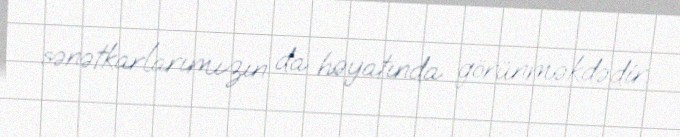
sənətkarlarımızın da həyatında görünməkdədir.